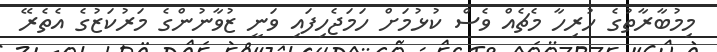
މިމުބާރާތުގެ ހުރިހާ މެޗެއް ވެސް ކުޅުމަށް ހަމަޖެހިފައި ވަނީ ޒުވާނުންގެ މަރުކަޒުގެ އެތެރޭ